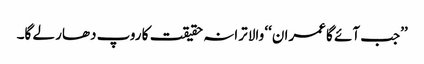
’’جب آئے گا عمران‘‘ والا ترانہ حقیقت کا روپ دھار لے گا۔